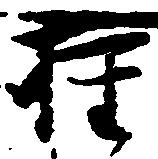
権